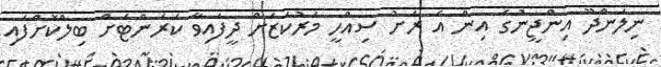
ނިލަންދޫ އިންޖީނުގެ އިން އެ ރަށު ސިއްހީ މަރުކަޒަށް ދީފައިވާ ކަރަންޓަށް ބިލްކޮށްފައި